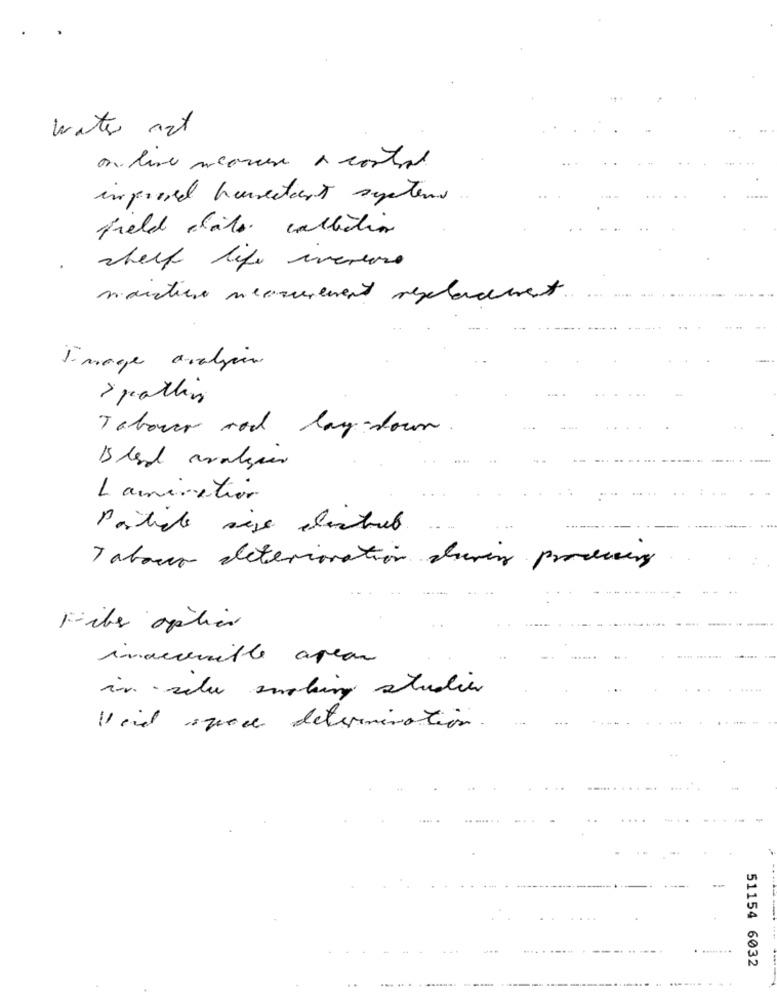
water ost
on line weaver a control
imposed huureast systems
field data collection
shelf life iverune
moutiers measurement regeladmet
Image analysen
Tabour and lay-town .
Lamination
Tabacco deterioration shaving producing
Files aplica
inaccessible apean
in salu smoking studier
Void space determination.
.. .....
51154 6032